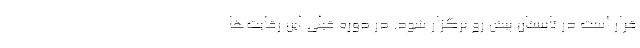
قرار است در تابستان پیش رو برگزار شود. در دوره قبلی این رقابت‌ها